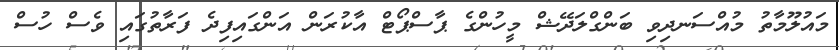
މައުލޫމާތު މުއްސަނދިވި ބަންގްލަދޭޝް މީހުންގެ ޕާސްޕޯޓް އާކުރަން އަންގައިފިދެ ފަރާތުގައި ވެސް ހުސް